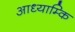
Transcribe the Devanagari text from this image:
आध्याम्कि